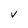
Character: V